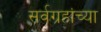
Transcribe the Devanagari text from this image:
सर्वग्रहांच्या